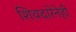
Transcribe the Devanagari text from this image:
शिवदारेनेही